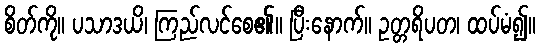
စိတ်ကို။ ပသာဒယိ၊ ကြည်လင်စေ၏။ ပြီးနောက်။ ဥတ္တရိပတ၊ ထပ်မံ၍။